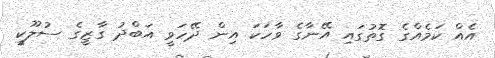
އެއް ކަމެއްގެ ގޮތުގައި އޭނާގެ ވާހަކަ އިން ދޭހަވީ އަބްދު ގާޒީގެ ސުލޫކީ